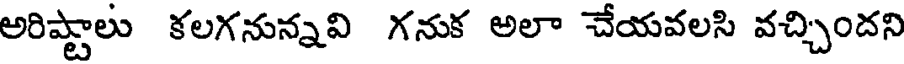
అరిష్టాలు కలగనున్నవి గనుక అలా చేయవలసి వచ్చిందని